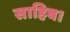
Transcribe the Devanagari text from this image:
साहिब।